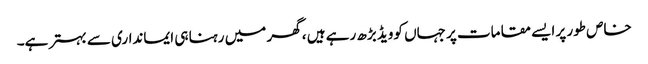
خاص طور پر ایسے مقامات پر جہاں کوویڈ بڑھ رہے ہیں ، گھر میں رہنا ہی ایمانداری سے بہتر ہے۔